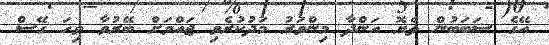
އޭގެ ސަބަބުން ތެޔޮ އަންދާ މިންވަރު މަދުކުރެވި ޖައްވަށް ބޭރުވާ ވިހަ ގޭސް